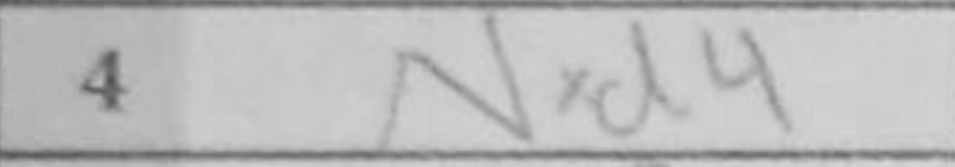
Transcription: Nxd4